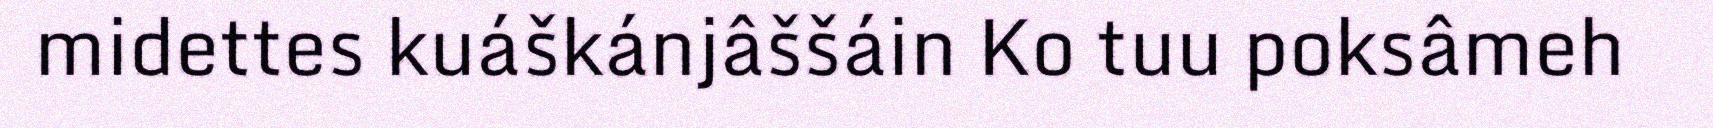
midettes kuáškánjâššáin Ko tuu poksâmeh